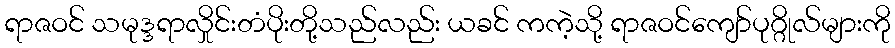
ရာဇဝင် သမုဒ္ဒရာလှိုင်းတံပိုးတို့သည်လည်း ယခင် ကကဲ့သို့ ရာဇဝင်ကျော်ပုဂ္ဂိုလ်များကို